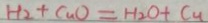
H _ { 2 } + C u O = H _ { 2 } O + C u